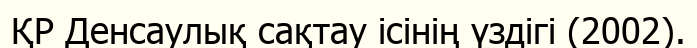
ҚР Денсаулық сақтау ісінің үздігі (2002).